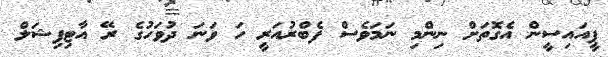
ޕީއައިސީން އެގޮތަށް ނިންމި ނަމަވެސް ފެބްރުއަރީ ހަ ވަނަ ދުވަހުގެ ރޭ އާޓިފިޝަލް